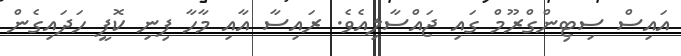
އައިސް ސިޓިންގްރޫމް ގައި ޖައްސާލިއެވެ. ރައިސާ އާއި މާހާ ފިނި ކޮފީ ހަދައިގެން